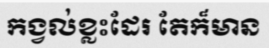
កង្វល់ខ្លះដែរ តែក៏មាន